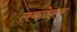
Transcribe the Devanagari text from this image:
लबळेकर